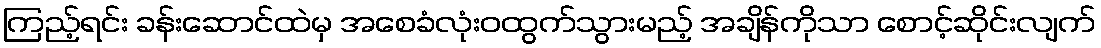
ကြည့်ရင်း ခန်းဆောင်ထဲမှ အစေခံလုံးဝထွက်သွားမည့် အချိန်ကိုသာ စောင့်ဆိုင်းလျက်